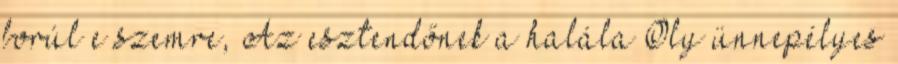
borúl e szemre, Az esztendőnek a halála Oly ünnepélyes